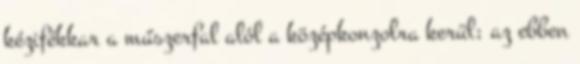
kézifékkar a műszerfal alól a középkonzolra kerül; az ebben